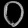
Digit: ၀